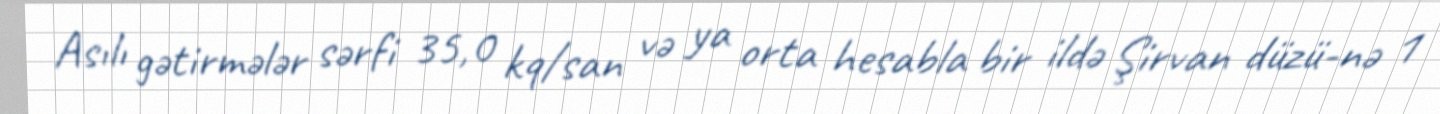
Asılı gətirmələr sərfi 35,0 kq/san və ya orta hesabla bir ildə Şirvan düzü-nə 1